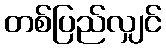
တစ်ပြည်လျှင်